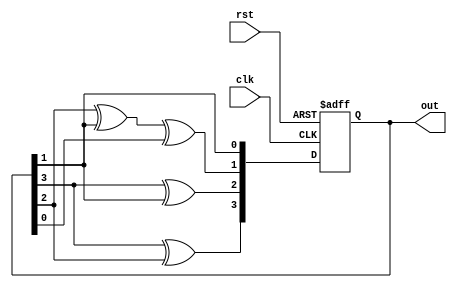
module ca(output reg[0:3] out, input clk, rst);
	
	wire x1, x2, x3,x4;
	assign x1=0^out[0]^out[1];
	assign x2=out[0]^out[2];
	assign x3=out[1]^out[2]^out[3];
	assign x4=0^out[2];
	//assign feedback_1 = out[0] ^ out[2];
	//assign feedback_2 = out[1] ^ out[2] ^ out[3];
	//assign feedback_3 = out[2] ^ out[3] ^ out[4];
	
	always @ (posedge clk, posedge rst)
		begin
			if(rst) out = 4'b0001;
			else
				out <= {x1,x2,x3,x4};
	     end

endmodule